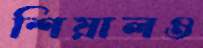
শিয়ালও